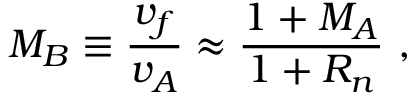
M _ { B } \equiv \frac { v _ { f } } { v _ { A } } \approx \frac { 1 + M _ { A } } { 1 + R _ { n } } \ ,